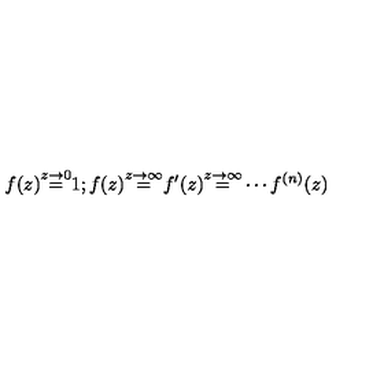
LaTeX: f ( z ) { \stackrel { z \to 0 } { = } } 1 ; f ( z ) { \stackrel { z \to \infty } { = } } f ^ { \prime } ( z ) { \stackrel { z \to \infty } { = } } \cdots f ^ { ( n ) } ( z ) \,